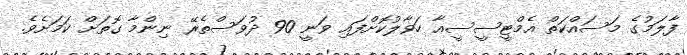
ފާލަމުގެ މަސައްކަތް އެމްޓީސީސީއާ ހަވާލުކޮށްފައި ވަނީ 90 ދުވަސްތެރޭ ނިންމާ ގޮތަށް ކަމަށެވެ.